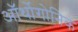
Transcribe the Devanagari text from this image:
ऑर्थोगोनिक